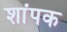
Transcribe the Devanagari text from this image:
शांपक